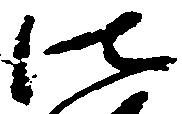
法